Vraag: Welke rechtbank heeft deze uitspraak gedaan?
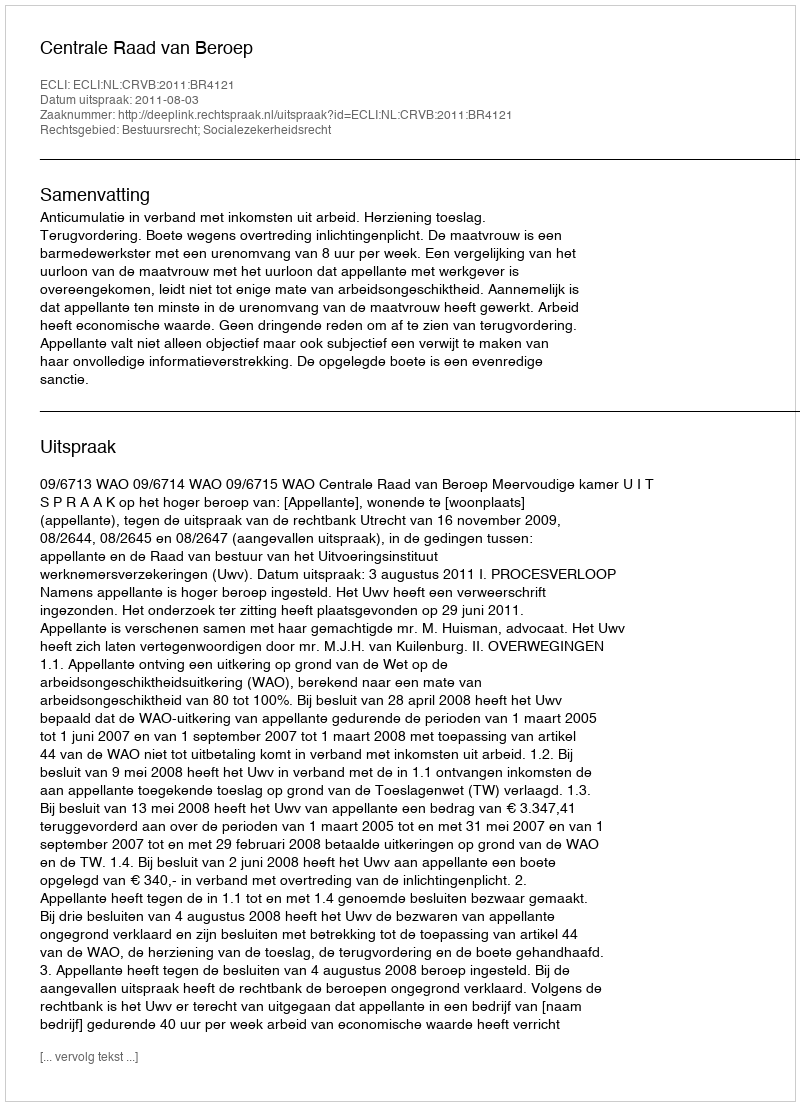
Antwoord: Centrale Raad van Beroep